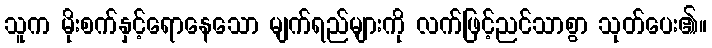
သူက မိုးစက်နှင့်ရောနေသော မျက်ရည်များကို လက်ဖြင့်ညင်သာစွာ သုတ်ပေး၏။